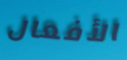
الأفعال